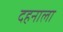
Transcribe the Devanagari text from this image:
दहनाला